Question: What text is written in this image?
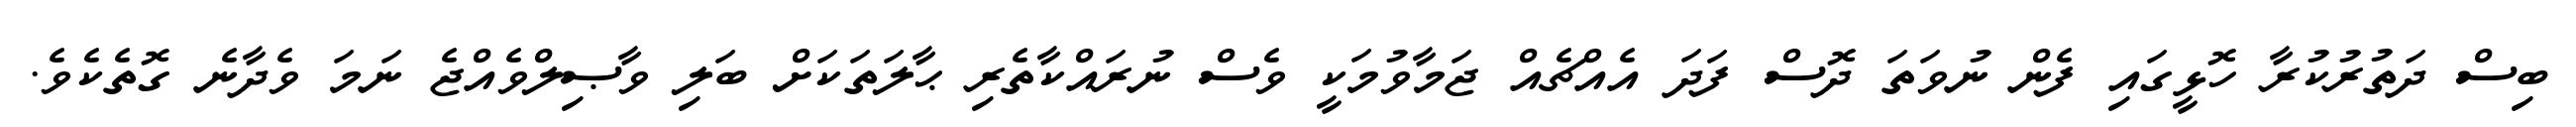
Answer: ބިސް ދަތުރުކުރާ ހޮޅީގައި ފެން ނުވަތަ ދޮސް ފަދަ އެއްޗެއް ޖަމާވުމަކީ ވެސް ނުރައްކާތެރި ޙާލަތަކަށް ބަލި ވާޞިލްވެއްޖެ ނަމަ ވެދާނެ ގޮތެކެވެ.